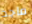
ماجد